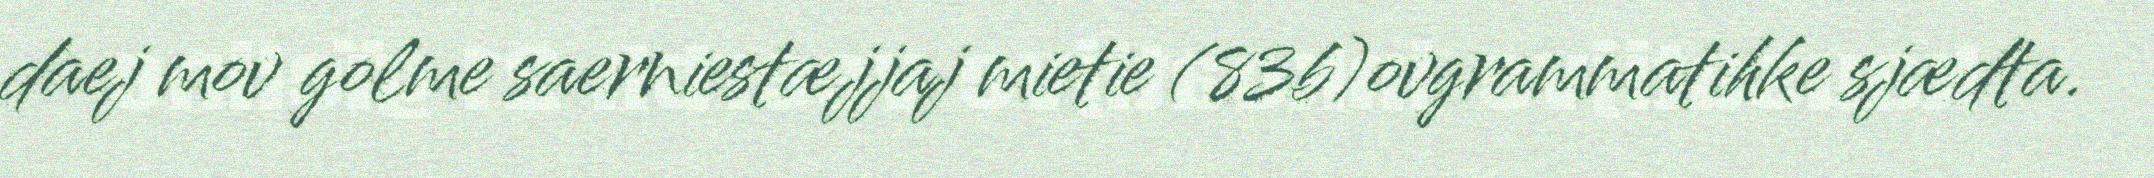
daej mov golme saerniestæjjaj mietie (83b)ovgrammatihke sjædta.